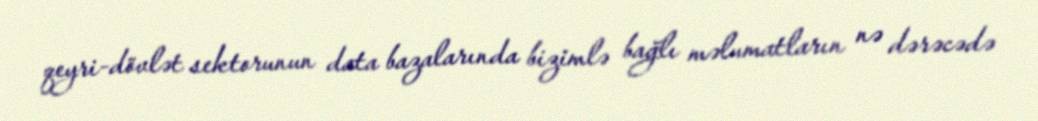
qeyri-dövlət sektorunun data bazalarında bizimlə bağlı məlumatların nə dərəcədə